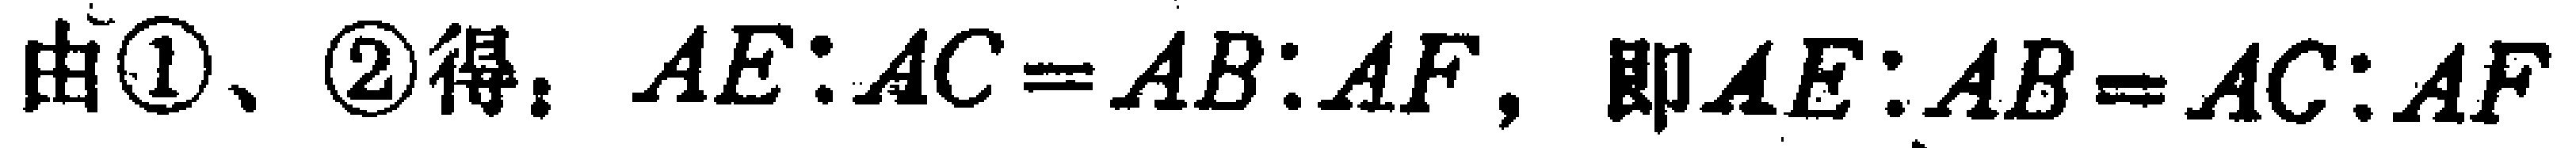
由\textcircled{1}、\textcircled{2}得：\(AE:AC = AB:AF\)，即\(AE:AB = AC:AF\)